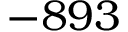
- 8 9 3